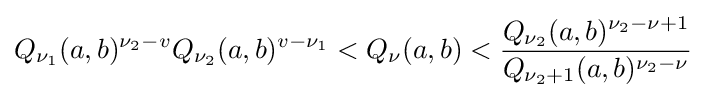
Q_{\nu _{1}}(a,b)^{\nu _{2}-v}Q_{\nu _{2}}(a,b)^{v-\nu _{1}}<Q_{\nu }(a,b)<{\frac {Q_{\nu _{2}}(a,b)^{\nu _{2}-\nu +1}}{Q_{\nu _{2}+1}(a,b)^{\nu _{2}-\nu }}}